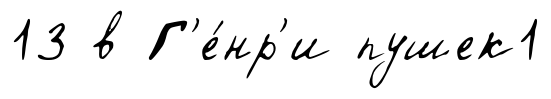
13 в Г'е́нр'и пушек1